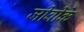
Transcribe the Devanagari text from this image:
जीवीके